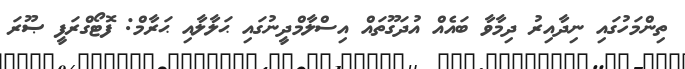
ތިންމަހުގައި ނިދާއިރު ދިމާވާ ބައެއް އުދަގޫތައް އިސްލާމްދީނުގައި ޙަލާލާއި ޙަރާމް: ފޮޓޯގްރަފީ ޞޫރަ